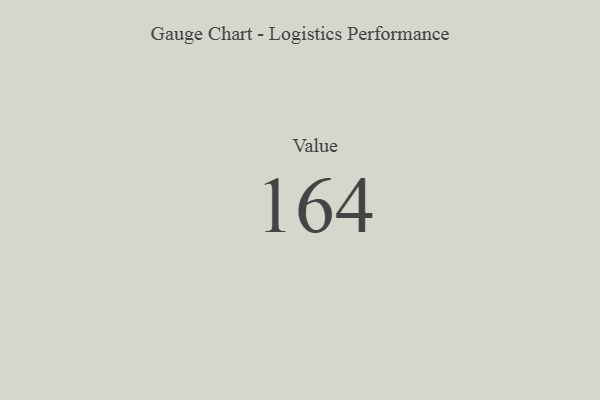
{"axis": {"x": "Metric", "y": "Value"}, "legend": [""], "data": [{"x": "Value", "y": 164, "type": ""}]}